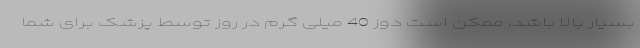
بسیار بالا باشد، ممکن است دوز 40 میلی گرم در روز توسط پزشک برای شما